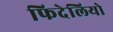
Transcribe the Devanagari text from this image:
फिदेलियो